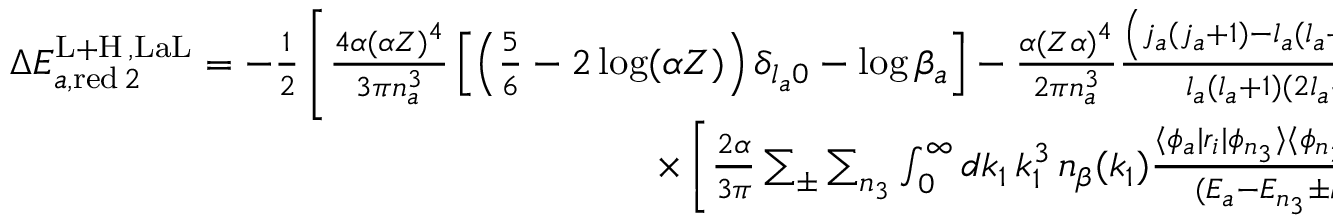
\begin{array} { r } { \Delta E _ { a , \mathrm { r e d } \, 2 } ^ { \mathrm { L + H } \, , \mathrm { L a L } } = - \frac { 1 } { 2 } \left[ \frac { 4 \alpha ( \alpha Z ) ^ { 4 } } { 3 \pi n _ { a } ^ { 3 } } \left[ \left( \frac { 5 } { 6 } - 2 \log ( \alpha Z ) \right) \delta _ { l _ { a } 0 } - \log \beta _ { a } \right] - \frac { \alpha ( Z \alpha ) ^ { 4 } } { 2 \pi n _ { a } ^ { 3 } } \frac { \left( j _ { a } ( j _ { a } + 1 ) - l _ { a } ( l _ { a } + 1 ) - \frac { 3 } { 4 } \right) } { l _ { a } ( l _ { a } + 1 ) ( 2 l _ { a } + 1 ) } \right] } \\ { \times \left[ \frac { 2 \alpha } { 3 \pi } \sum _ { \pm } \sum _ { n _ { 3 } } \int _ { 0 } ^ { \infty } d k _ { 1 } \, k _ { 1 } ^ { 3 } \, n _ { \beta } ( k _ { 1 } ) \frac { \langle \phi _ { a } | r _ { i } | \phi _ { n _ { 3 } } \rangle \langle \phi _ { n _ { 3 } } | r _ { i } | \phi _ { a } \rangle } { ( E _ { a } - E _ { n _ { 3 } } \pm k _ { 1 } ) ^ { 2 } } \right] . } \end{array}